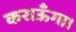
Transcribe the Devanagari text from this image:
कराऊँगा।